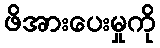
ဖိအားပေးမှုကို